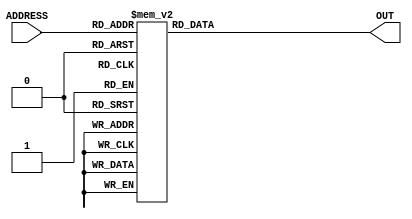
module rom(ADDRESS, OUT);
    input [3:0]ADDRESS;
    output reg [7:0]OUT;

    parameter MEM_0 = 8'b1011_0111;
    parameter MEM_1 = 8'b0000_0001;
    parameter MEM_2 = 8'b1110_0001;
    parameter MEM_3 = 8'b0000_0001;
    parameter MEM_4 = 8'b1110_0011;
    parameter MEM_5 = 8'b1011_0110;
    parameter MEM_6 = 8'b0000_0001;
    parameter MEM_7 = 8'b1110_0110;
    parameter MEM_8 = 8'b0000_0001;
    parameter MEM_9 = 8'b1110_1000;
    parameter MEM_A = 8'b1011_0000;
    parameter MEM_B = 8'b1011_0100;
    parameter MEM_C = 8'b0000_0001;
    parameter MEM_D = 8'b1110_1010;
    parameter MEM_E = 8'b1011_1000;
    parameter MEM_F = 8'b1111_1111;

    always @(*) begin
        case(ADDRESS)
            8'h0: OUT <= MEM_0;
            8'h1: OUT <= MEM_1;
            8'h2: OUT <= MEM_2;
            8'h3: OUT <= MEM_3;
            8'h4: OUT <= MEM_4;
            8'h5: OUT <= MEM_5;
            8'h6: OUT <= MEM_6;
            8'h7: OUT <= MEM_7;
            8'h8: OUT <= MEM_8;
            8'h9: OUT <= MEM_9;
            8'ha: OUT <= MEM_A;
            8'hb: OUT <= MEM_B;
            8'hc: OUT <= MEM_C;
            8'hd: OUT <= MEM_D;
            8'he: OUT <= MEM_E;
            8'hf: OUT <= MEM_F;
        endcase
    end
endmodule